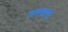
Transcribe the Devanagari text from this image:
मानताना